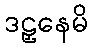
ဒဠှနေမိ